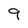
Character: 9